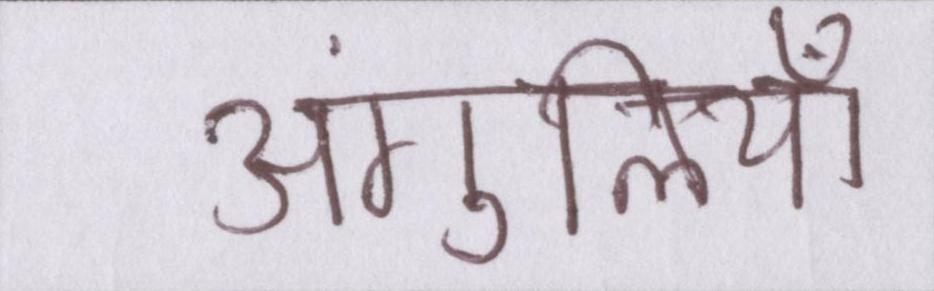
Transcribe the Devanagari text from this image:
अंगुलियाँ